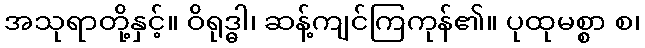
အသုရာတို့နှင့်။ ဝိရုဒ္ဓါ၊ ဆန့်ကျင်ကြကုန်၏။ ပုထုမစ္စာ စ၊